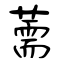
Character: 薷